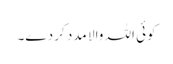
کوئی اللہ والا مدد کر دے۔